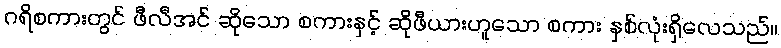
ဂရိစကားတွင် ဖီလီအင် ဆိုသော စကားနှင့် ဆိုဖီယားဟူသော စကား နှစ်လုံးရှိလေသည်။